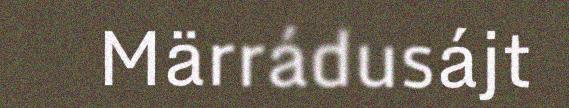
Märrádusájt